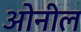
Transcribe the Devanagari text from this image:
ओनील